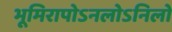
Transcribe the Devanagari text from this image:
भूमिरापोऽनलोऽनिलो